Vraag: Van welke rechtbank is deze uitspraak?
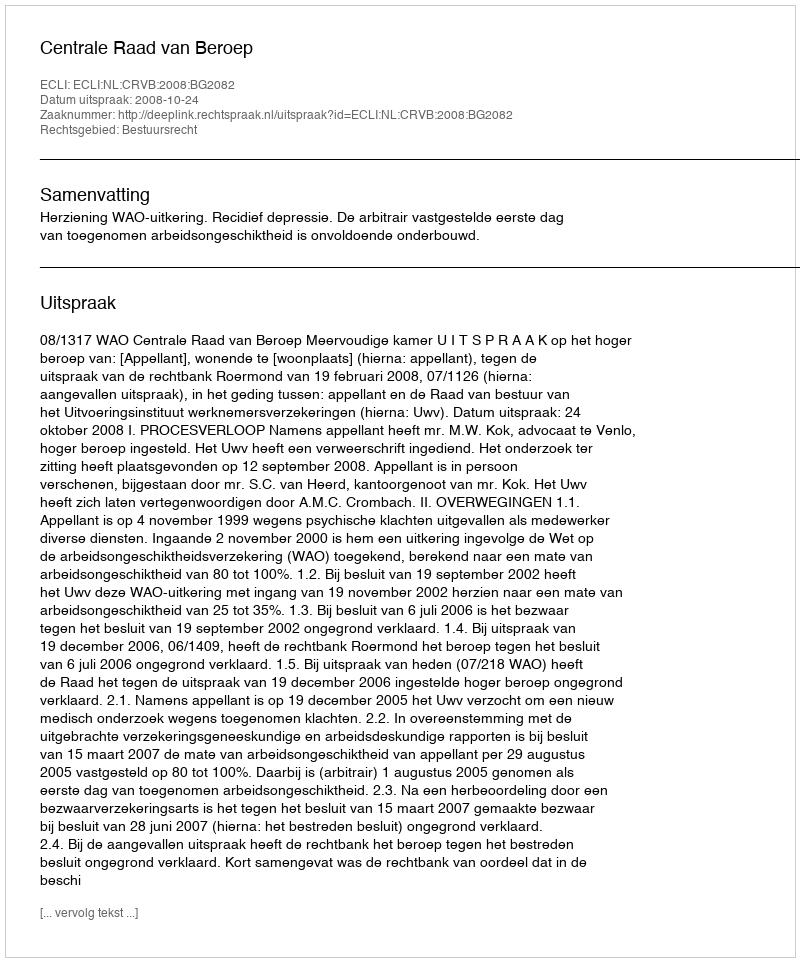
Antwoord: Centrale Raad van Beroep